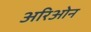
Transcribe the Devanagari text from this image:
अरिओन